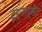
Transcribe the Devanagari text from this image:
टूर्नार्मेंट